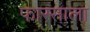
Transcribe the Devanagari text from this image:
फारसाला